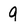
Character: 9